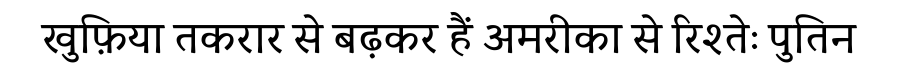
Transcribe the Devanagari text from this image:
खुफ़िया तकरार से बढ़कर हैं अमरीका से रिश्तेः पुतिन